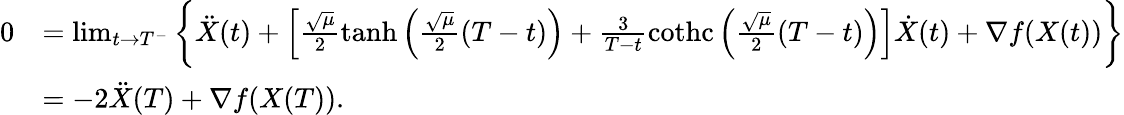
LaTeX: \begin{array}{rl}{0}&{=\operatorname*{lim}_{t\rightarrow T^{-}}\bigg\{ \ddot{X}(t)+\left[\frac{\sqrt{\mu}}{2}\operatorname{tanh}\left(\frac{\sqrt{\mu}}{2}(T-t)\right)+\frac{3}{T-t}\operatorname{cothc}\left(\frac{\sqrt{\mu}}{2}(T-t)\right)\right]\dot{X}(t)+\nabla f(X(t))\bigg\} }\\ &{=-2\ddot{X}(T)+\nabla f(X(T)).}\end{array}